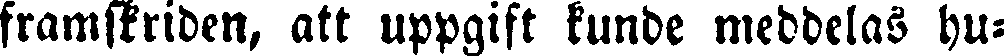
framskriden, att uppgift kunde meddelas hu-